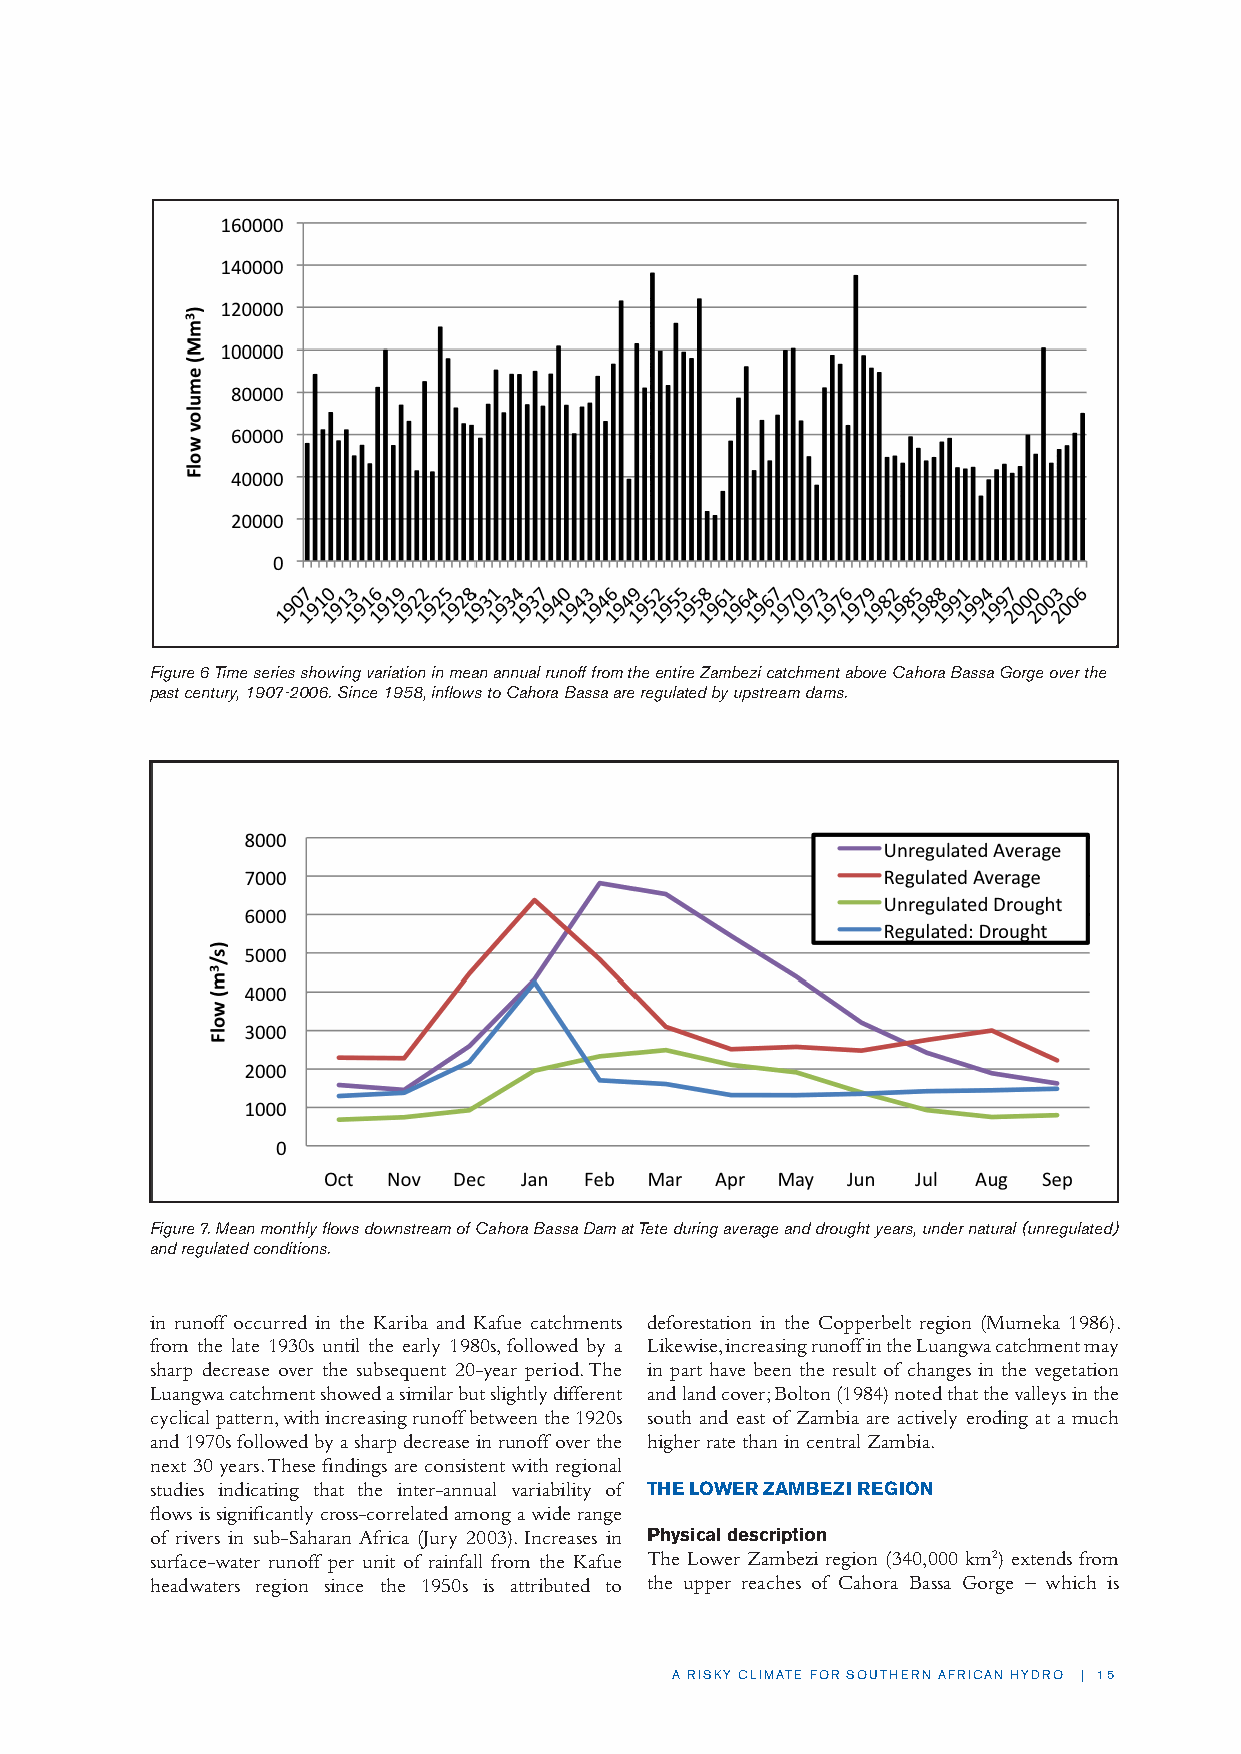
Figure 6 Time series showing variation in mean annual runoff from the entire Zambezi catchment above Cahora Bassa Gorge over the
 past century, 1907-2006. Since 1958, inflows to Cahora Bassa are regulated by upstream dams.
 Figure 7. Mean monthly flows downstream of Cahora Bassa Dam at Tete during average and drought years, under natural (unregulated)
 and regulated conditions.
 in runoff occurred in the Kariba and Kafue catchments deforestation in the Copperbelt region (Mumeka 1986).
 from the late 1930s until the early 1980s, followed by a Likewise, increasing runoff in the Luangwa catchment may
 sharp decrease over the subsequent 20-year period. The in part have been the result of changes in the vegetation
 Luangwa catchment showed a similar but slightly different and land cover; Bolton (1984) noted that the valleys in the
 cyclical pattern, with increasing runoff between the 1920s south and east of Zambia are actively eroding at a much
 and 1970s followed by a sharp decrease in runoff over the higher rate than in central Zambia.
 next 30 years. These findings are consistent with regional
 studies indicating that the inter-annual variability of THE LOWER ZAMBEZI REGION
 flows is significantly cross-correlated among a wide range
 of rivers in sub-Saharan Africa (Jury 2003). Increases in Physical description
 surface-water runoff per unit of rainfall from the Kafue The Lower Zambezi region (340,000 km2) extends from
 headwaters region since the 1950s is attributed to the upper reaches of Cahora Bassa Gorge – which is
 A RISKY CLIMATE FOR SOUTHERN AFRICAN HYDRO | 15